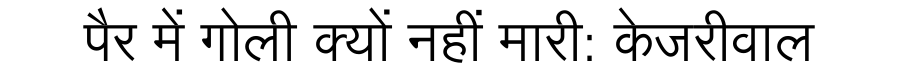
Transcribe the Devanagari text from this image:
पैर में गोली क्यों नहीं मारी: केजरीवाल